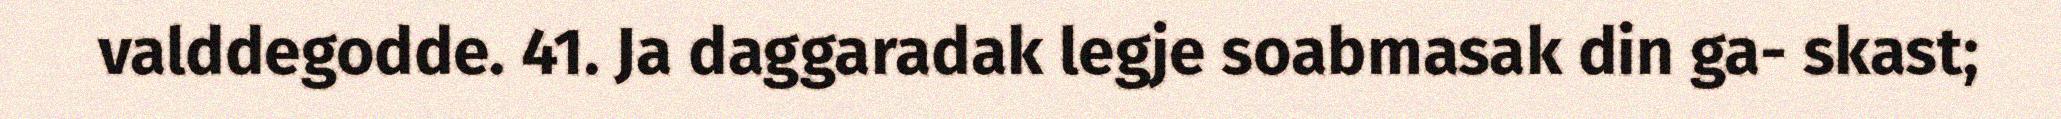
valddegodde. 41. Ja daggaradak legje soabmasak din ga- skast;